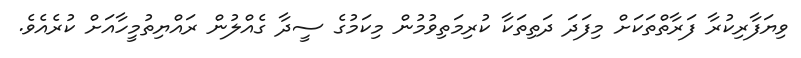
ވިޔަފާރިކުރާ ފަރާތްތަކަށް މިފަދަ ދަތިތަކާ ކުރިމަތިވުމުން މިކަމުގެ ސީދާ ގެއްލުން ރައްޔިތުމީހާއަށް ކުރެއެވެ.